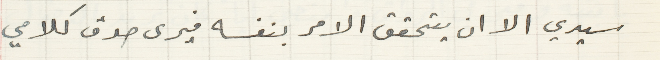
سيدي الا ان يتحقق الامر بنفسه فيرى صدق كلامي